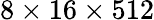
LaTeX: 8\times 16\times 512